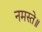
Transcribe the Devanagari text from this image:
नमस्ते॥